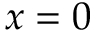
x = 0